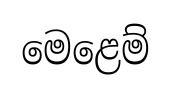
මෙළෙම්